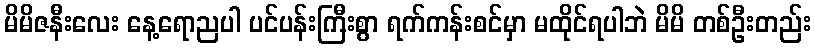
မိမိဇနီးလေး နေ့ရောညပါ ပင်ပန်းကြီးစွာ ရက်ကန်းစင်မှာ မထိုင်ရပါဘဲ မိမိ တစ်ဦးတည်း